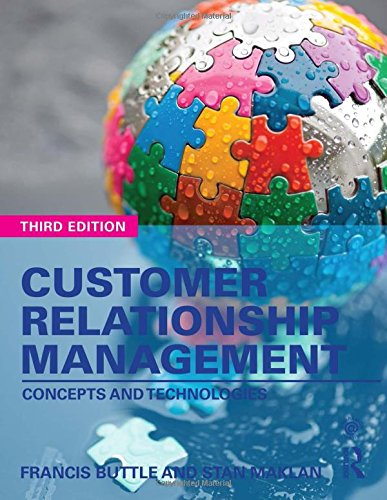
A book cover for Customer Relationship Management: Concepts and Technologies; Francis Buttle; Business & Money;